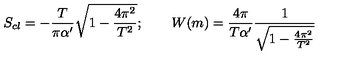
S _ { c l } = - \frac { T } { \pi \alpha ^ { \prime } } { \sqrt { 1 - \frac { 4 \pi ^ { 2 } } { T ^ { 2 } } } } ; \qquad W ( m ) = \frac { 4 \pi } { T \alpha ^ { \prime } } \frac { 1 } { \sqrt { 1 - \frac { 4 \pi ^ { 2 } } { T ^ { 2 } } } }